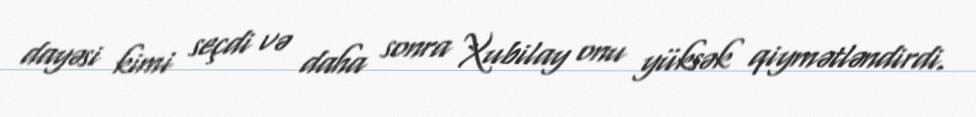
dayəsi kimi seçdi və daha sonra Xubilay onu yüksək qiymətləndirdi.